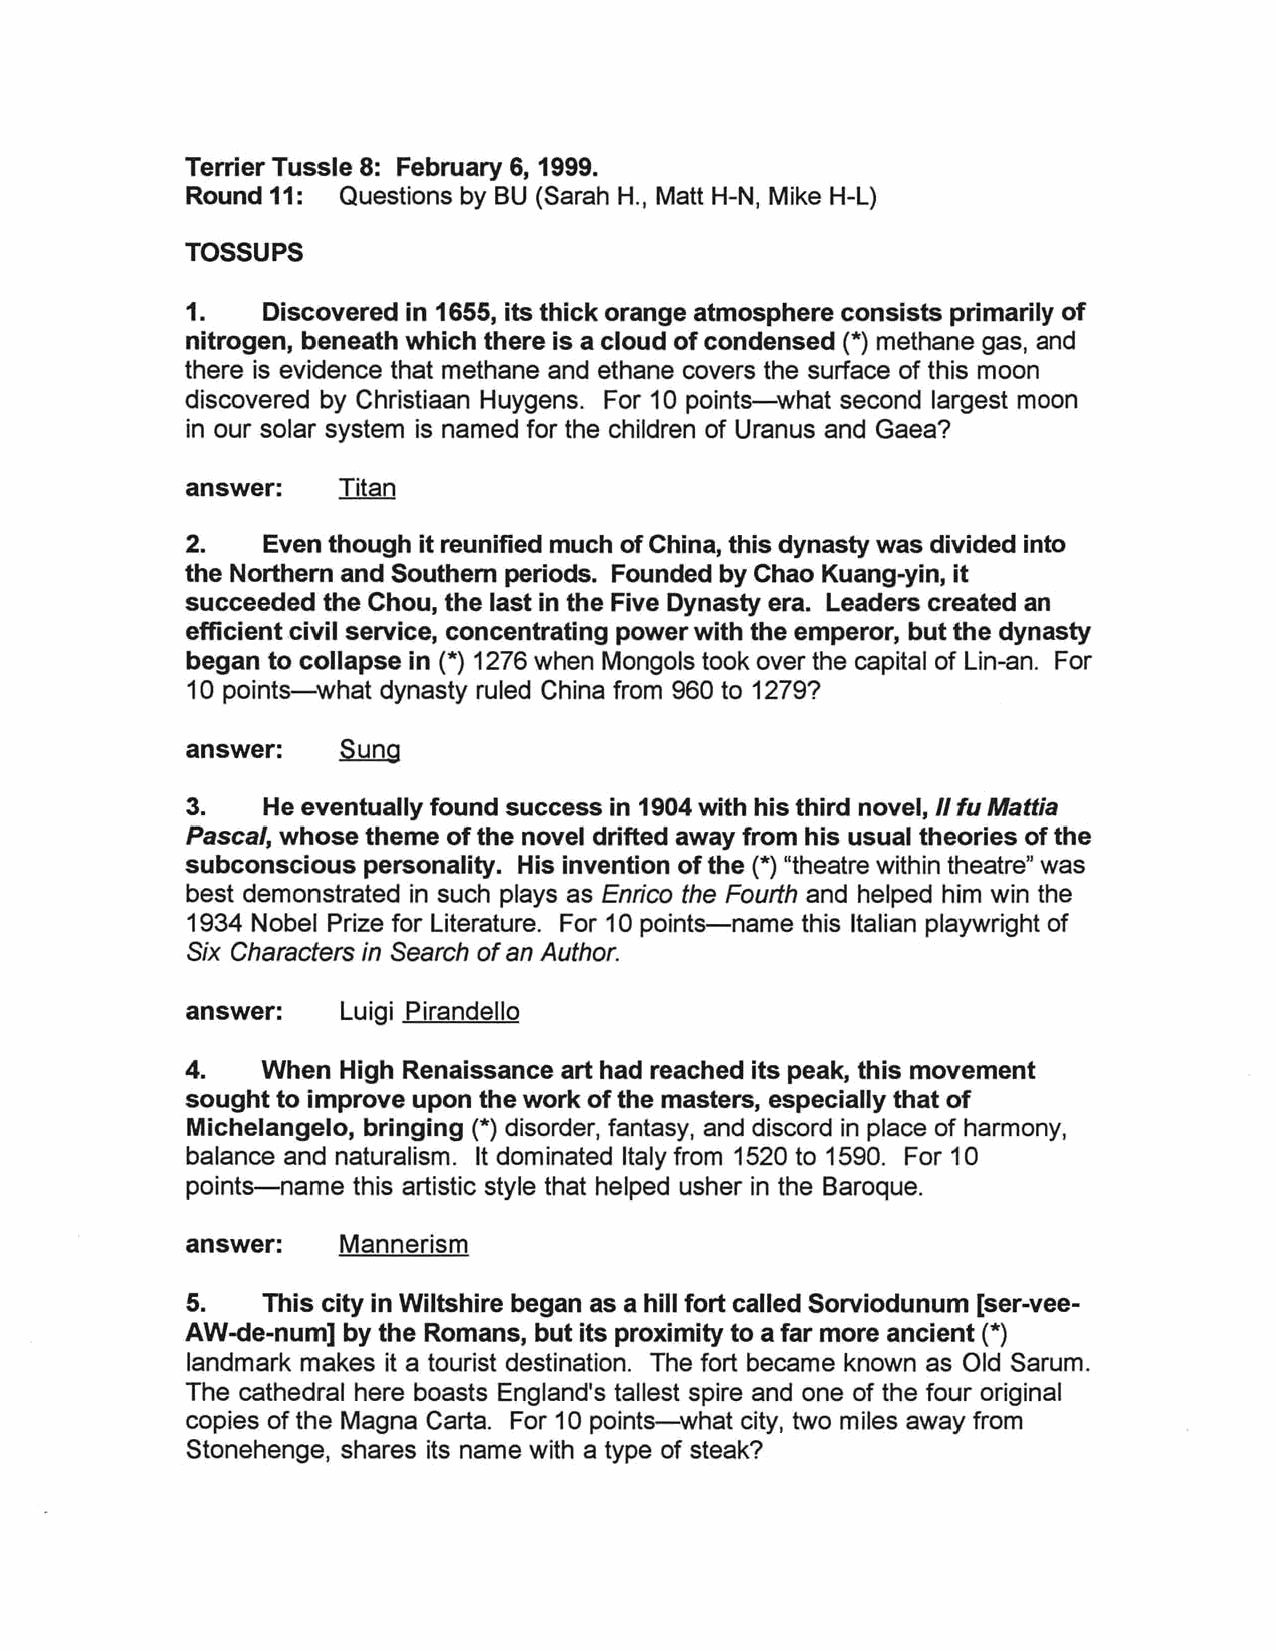
Terrier Tussle 8: February 6, 1999.
 Round 11:  Questions by BU (Sarah H., Matt H-N, Mike H-L)
 TOSSUPS
 1.    Discovered in 1655, its thick orange atmosphere consists primarily of
 nitrogen, beneath which there is a cloud of condensed (*) methane gas, and
 there is evidence that methane and ethane covers the surface of this moon
 discovered by Christiaan Huygens. For 10 points-what second largest moon
 in our solar system is named for the children of Uranus and Gaea?
 answer:   Titan
 2.    Even though it reunified much of China, this dynasty was divided into
 the Northern and Southern periods. Founded by Chao Kuang-yin, it
 succeeded the Chou, the last in the Five Dynasty era. Leaders created an
 efficient civil service, concentrating power with the emperor, but the dynasty
 began to collapse in (*) 1276 when Mongols took over the capital of Lin-an. For
 10 points-what dynasty ruled China from 960 to 1279?
 answer:   S!mg
 3.    He eventually found success in 1904 with his third novel, /I fu Mattia
 Pascal, whose theme of the novel drifted away from his usual theories of the
 subconscious personality. His invention of the (*) "theatre within theatre" was
 best demonstrated in such plays as Enrico the Fourth and helped him win the
 1934 Nobel Prize for Literature. For 10 points-name this Italian playwright of
 Six Characters in Search of an Author.
 answer:    Luigi Pirandello
 4.   When  High Renaissance art had reached its peak, this movement
 sought to improve upon the work of the masters, especially that of
 Michelangelo, bringing (*) disorder, fantasy, and discord in place of harmony,
 balance and naturalism. It dominated Italy from 1520 to 1590. For 10
 points-name this artistic style that helped usher in the Baroque.
 answer:    Mannerism
 5.    This city in Wiltshire began as a hill fort called Sorviodunum [ser-vee-
 AW-de-num] by the Romans, but its proximity to a far more ancient (*)
 landmark makes it a tourist destination. The fort became known as Old Sarum.
 The cathedral here boasts England's tallest spire and one of the four original
 copies of the Magna Carta. For 10 points-what city, two miles away from
 Stonehenge, shares its name with a type of steak?